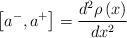
LaTeX: \begin{align*}\left[ a^{-},a^{+}\right] =\frac{d^{2}\rho \left( x\right) }{dx^{2}}\end{align*}